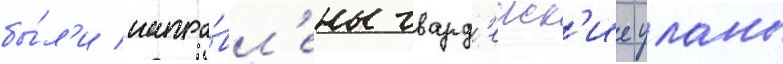
бы́л'и напра́вл'ены гвард'еиск'ие уланы